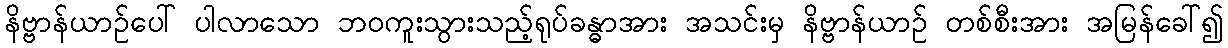
နိဗ္ဗာန်ယာဉ်ပေါ် ပါလာသော ဘဝကူးသွားသည့်ရုပ်ခန္ဓာအား အသင်းမှ နိဗ္ဗာန်ယာဉ် တစ်စီးအား အမြန်ခေါ်၍